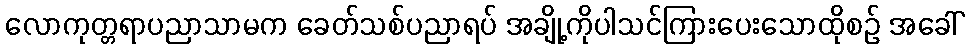
လောကုတ္တရာပညာသာမက ခေတ်သစ်ပညာရပ် အချို့ကိုပါသင်ကြားပေးသောထိုစဉ် အခေါ်